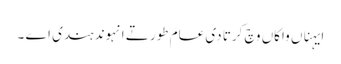
ایہناں واکاں وچ کرتا دی عامَ طور تے انہوند ہندی اے ۔